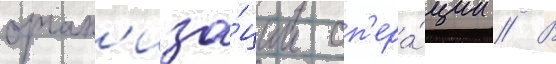
орган'иза́ции оп'ера́ции // В